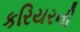
કરિયરની